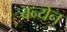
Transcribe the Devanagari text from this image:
वन्येन